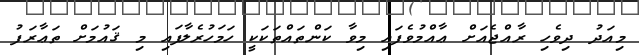
މިއަދު ދިވެހި ރާއްޖެއަށް ޢާއްމުވެފައި މިވާ ކަންތައްތަކަކީ ހަމަހުރެލާފައި މި ޤައުމަށް ތަޢާރަފު